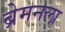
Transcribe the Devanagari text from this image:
ब्रेमनला